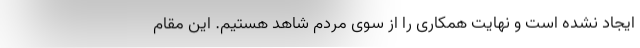
ایجاد نشده است و نهایت همکاری را از سوی مردم شاهد هستیم. این مقام